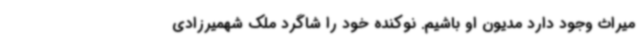
میراث وجود دارد مدیون او باشیم. نوکنده خود را شاگرد ملک شهمیرزادی